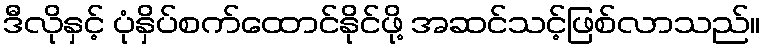
ဒီလိုနှင့် ပုံနှိပ်စက်ထောင်နိုင်ဖို့ အဆင်သင့်ဖြစ်လာသည်။